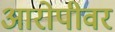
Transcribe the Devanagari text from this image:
आरोपीवर